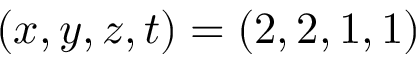
( x , y , z , t ) = ( 2 , 2 , 1 , 1 )